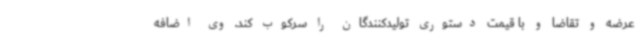
عرضه و تقاضا و با قیمت دستوری تولیدکنندگان را سرکوب کند. وی اضافه